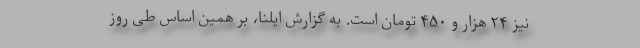
نیز ۲۴ هزار و ۴۵۰ تومان است. به گزارش ایلنا، بر همین‌ اساس طی روز